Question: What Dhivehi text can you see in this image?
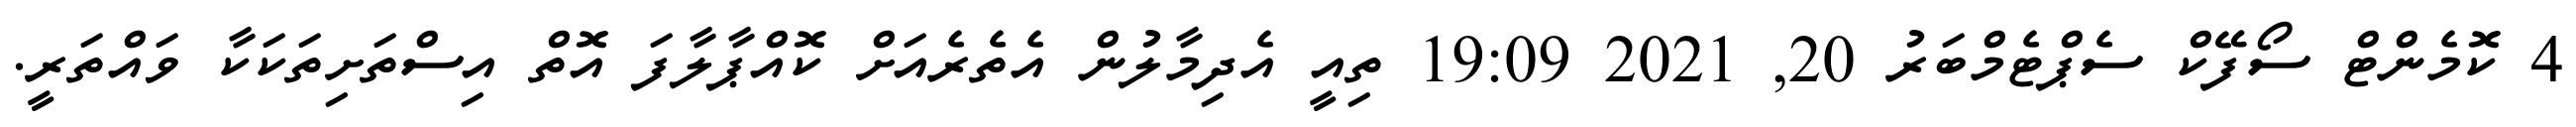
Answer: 4 ކޮމެންޓް ސޯފޭކް ސެޕްޓެމްބަރު 20, 2021 19:09 ތިއީ އެދިމާލުން އެތެރެއަށް ކޮއްޕާލާފަ އޮތް އިސްތަށިތަކަކާ ވައްތަރީ.